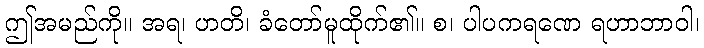
ဤအမည်ကို။ အရ၊ ဟတိ၊ ခံတော်မူထိုက်၏။ စ၊ ပါပကရဏေ ရဟာဘာဝါ၊